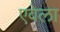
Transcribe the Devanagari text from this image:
एवेला